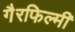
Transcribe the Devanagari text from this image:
गैरफिल्मी